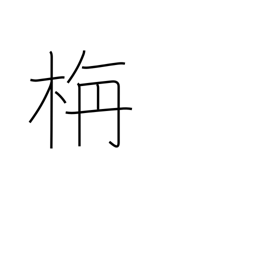
Meaning: colorful autumn foliage